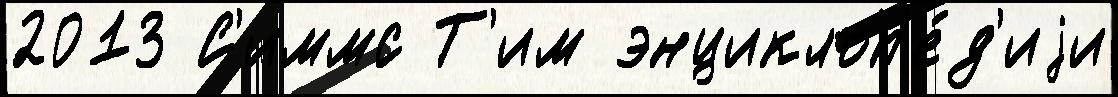
2013 С'иммс Т'им энциклоп'е́д'иjи